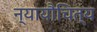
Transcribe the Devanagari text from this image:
न्यायौचित्य